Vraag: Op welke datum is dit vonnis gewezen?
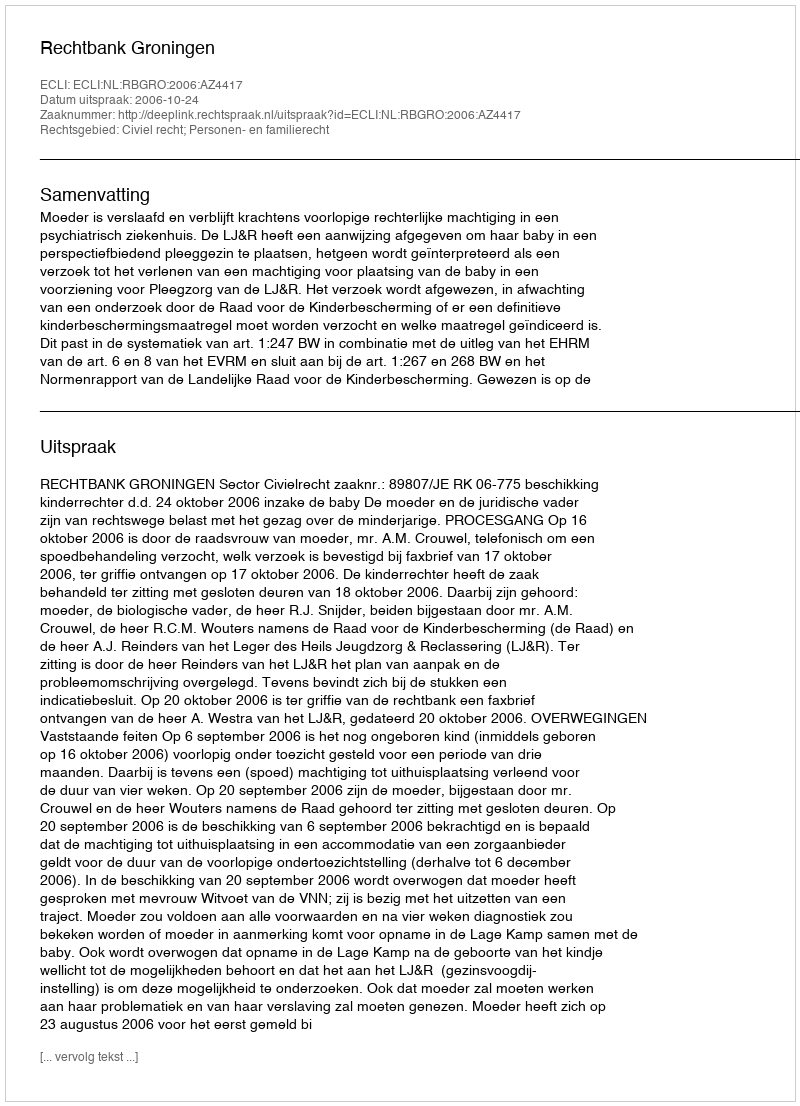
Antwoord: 2006-10-24